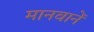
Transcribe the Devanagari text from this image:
मानवानें